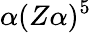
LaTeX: \alpha(Z\alpha)^{5}